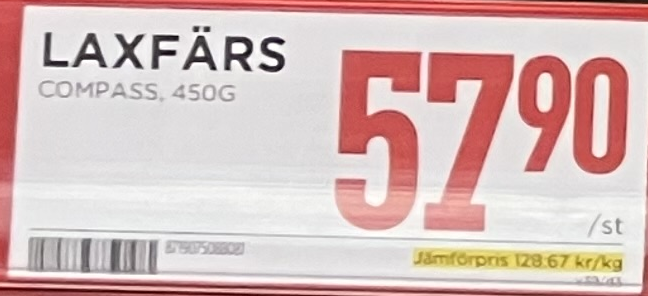
Vara: Laxfärs
Genomsnittspris: 128.67 per kg